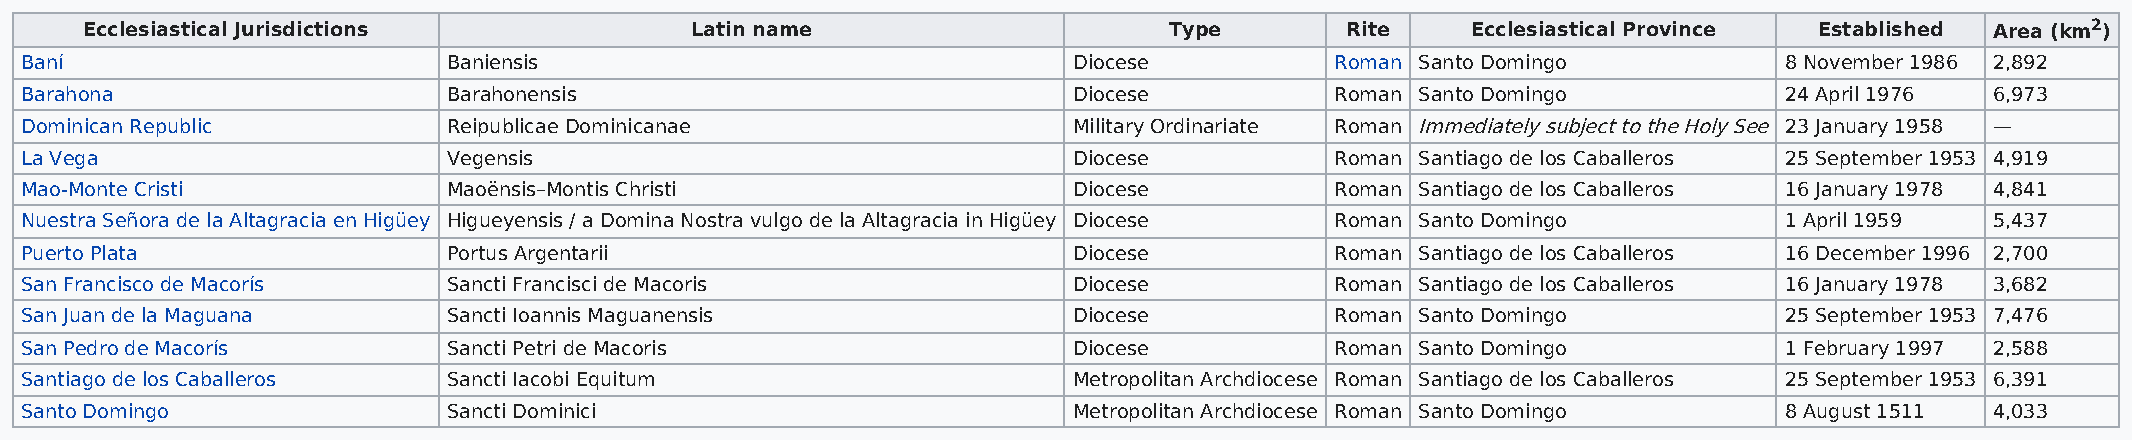
Ecclesiastical Jurisdictions             Latin name                     Type        Rite    Ecclesiastical Province Established Area (km2)
 Baní                         Baniensis                                Diocese          Roman Santo Domingo           8 November 1986 2,892
 Barahona                     Barahonensis                             Diocese          Roman Santo Domingo           24 April 1976 6,973
 Dominican Republic           Reipublicae Dominicanae                  Military Ordinariate Roman Immediately subject to the Holy See 23 January 1958 —
 La Vega                      Vegensis                                 Diocese          Roman Santiago de los Caballeros 25 September 1953 4,919
 Mao-Monte Cristi             Maoënsis–Montis Christi                  Diocese          Roman Santiago de los Caballeros 16 January 1978 4,841
 Nuestra Señora de la Altagracia en Higüey Higueyensis / a Domina Nostra vulgo de la Altagracia in Higüey Diocese Roman Santo Domingo 1 April 1959 5,437
 Puerto Plata                 Portus Argentarii                        Diocese          Roman Santiago de los Caballeros 16 December 1996 2,700
 San Francisco de Macorís     Sancti Francisci de Macoris              Diocese          Roman Santiago de los Caballeros 16 January 1978 3,682
 San Juan de la Maguana       Sancti Ioannis Maguanensis               Diocese          Roman Santo Domingo           25 September 1953 7,476
 San Pedro de Macorís         Sancti Petri de Macoris                  Diocese          Roman Santo Domingo           1 February 1997 2,588
 Santiago de los Caballeros   Sancti Iacobi Equitum                    Metropolitan Archdiocese Roman Santiago de los Caballeros 25 September 1953 6,391
 Santo Domingo                Sancti Dominici                          Metropolitan Archdiocese Roman Santo Domingo   8 August 1511 4,033